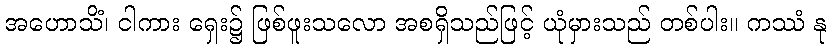
အဟောသိံ၊ ငါကား ရှေး၌ ဖြစ်ဖူးသလော အစရှိသည်ဖြင့် ယုံမှားသည် တစ်ပါး။ ကဿံ နု